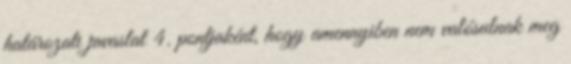
határozati javaslat 4. pontjaként, hogy amennyiben nem valósulnak meg